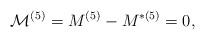
LaTeX: \begin{align*}{\cal{M}}^{(5)}=M^{(5)}-M^{*(5)}=0,\end{align*}